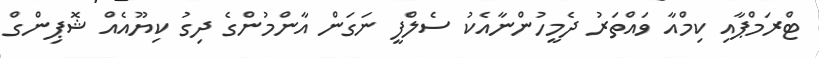
ޓްރަމްޕާއި ކިމްއާ ވައްތަރު ދެމީހުންނާއެކު ސެލްފީ ނަގަން އާންމުންގެ ދިގު ކިޔޫއެއް ޝޮޕިންގް